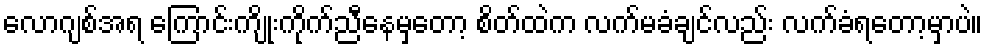
လောဂျစ်အရ ကြောင်းကျိုးကိုက်ညီနေမှတော့ စိတ်ထဲက လက်မခံချင်လည်း လက်ခံရတော့မှာပဲ။